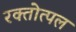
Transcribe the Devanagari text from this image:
रक्तोत्पल